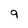
Character: 9